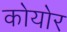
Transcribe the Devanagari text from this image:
कोयोर